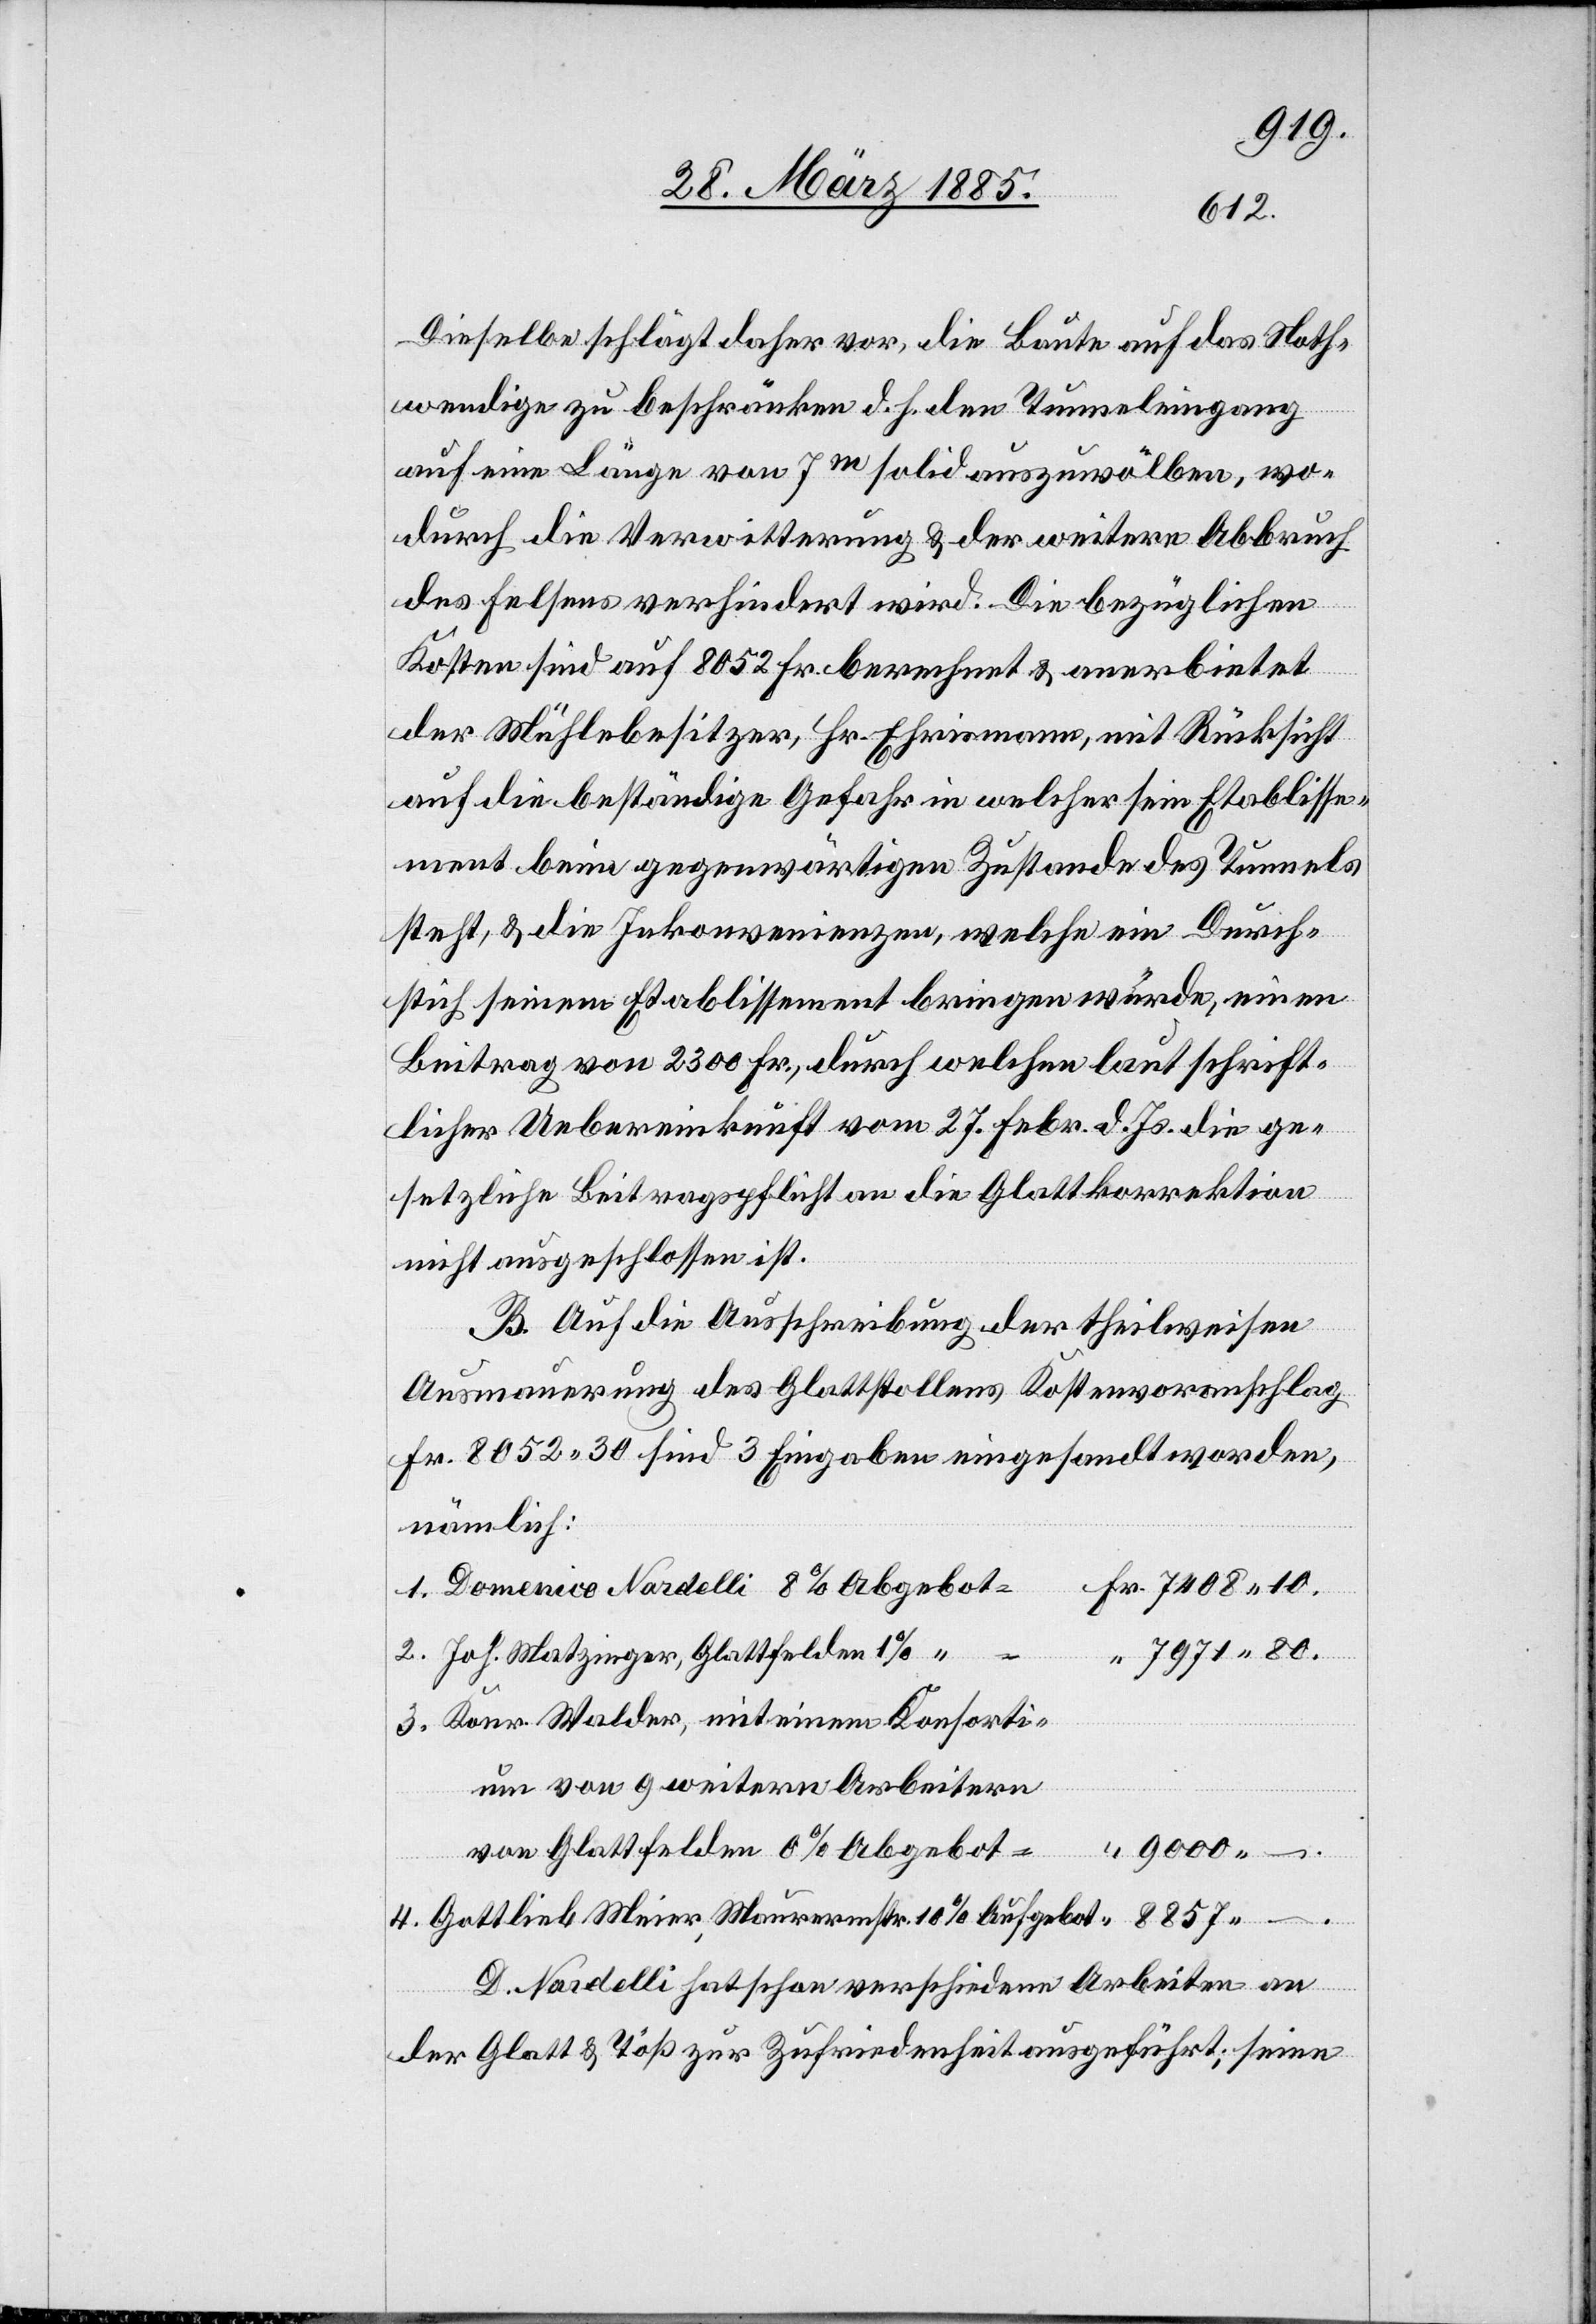
Dieselbe schlägt daher vor, die Baute auf das Noth¬
wendige zu beschränken d. h. den Tunneleingang
auf eine Länge von 7m solid auszuwölben, wo¬
durch die Verwitterung & der weitere Abbruch
des Felsens verhindert wird. Die bezüglichen
Kosten sind auf 8052 Fr. berechnet & anerbietet
der Mühlebesitzer, Hr. Ehrismann, mit Rücksicht
auf die beständige Gefahr in welcher sein Etablisse¬
ment beim gegenwärtigen Zustande des Tunnels
steht, & die Inkonvenienzen, welche ein Durch¬
stich seinem Etablissement bringen würde, einen
Beitrag von 2300 Fr., durch welchen laut schrift¬
licher Uebereinkunft vom 27. Febr. d. Js. die ge¬
setzliche Beitragspflicht an die Glattkorrektion
nicht ausgeschlossen ist.
B. Auf die Ausschreibung der theilweisen
Ausmauerung des Glattstollens Kostenvoranschlag
Fr. 8052 30 sind 3 Eingaben eingesandt worden,
nämlich:
Domenice Nardelli 8% Abgebot
Fr.
Joh. Matzinger, Glattfelden 1%
3.
7971 80.
Konr. Walder, mit einem Konsorti¬
um von 9 weitern Arbeitern
von Glattfelden 0% Abgebot
9000 –.
Gottlieb Meier, Maurermstr. 10% Aufgebot
D. Nardelli hat schon verschiedene Arbeiten an
der Glatt & Töß zur Zufriedenheit ausgeführt; seine